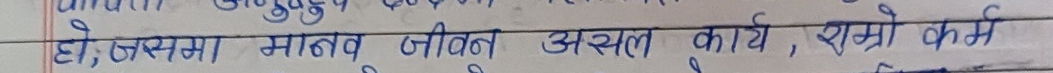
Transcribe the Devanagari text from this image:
हो, उसमा मानव जीवन अस्सल कार्य, राम्रो कर्म